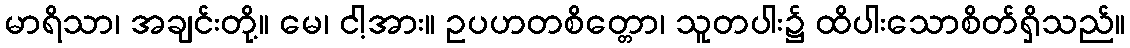
မာရိသာ၊ အချင်းတို့။ မေ၊ ငါ့အား။ ဥပဟတစိတ္တော၊ သူတပါး၌ ထိပါးသောစိတ်ရှိသည်။